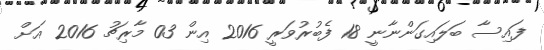
ފައިސާ ބަލައިގަންނާނީ 18 ފެބުރުވަރީ 2016 އިން 03 މާރިޗު 2016 އަށް